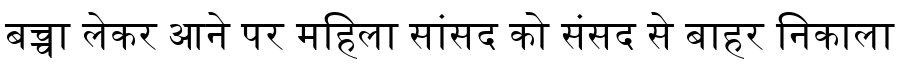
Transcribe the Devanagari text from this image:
बच्चा लेकर आने पर महिला सांसद को संसद से बाहर निकाला